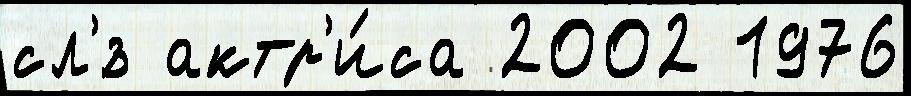
сл'́з актр'и́са 2002 1976